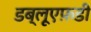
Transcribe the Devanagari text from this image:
डब्लूएफ़डी